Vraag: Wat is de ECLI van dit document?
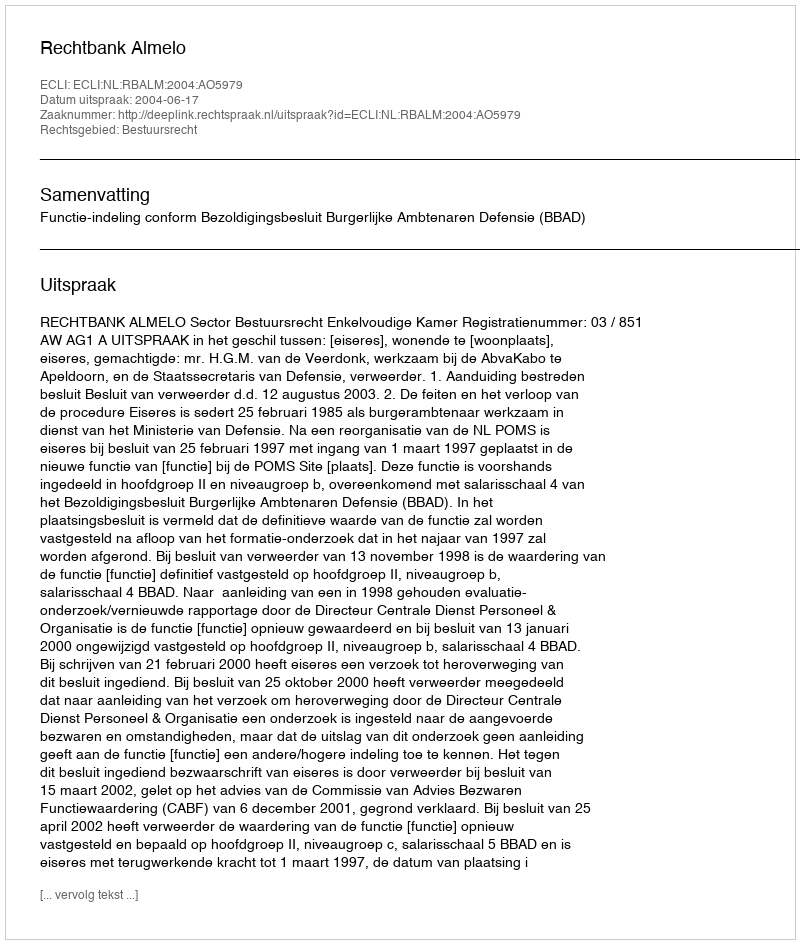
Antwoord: ECLI:NL:RBALM:2004:AO5979